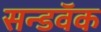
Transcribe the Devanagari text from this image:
सन्डवॅक